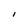
Character: I